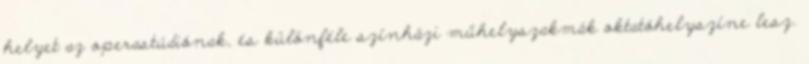
helyet az operastúdiónak, és különféle színházi műhelyszakmák oktatóhelyszíne lesz.